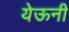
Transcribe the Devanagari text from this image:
येऊनी